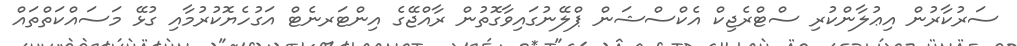
ސަރުކާރުން އިޢުލާންކުރި ސްޓްރެޖިކް އެކްސްޝަން ޕްލޭނުގައިވާގޮތުން ރާއްޖޭގެ އިންޓަރނެޓް އަގުހެޔޮކުރުމާއި ގުޅޭ މަސައްކަތްތައް